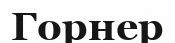
Горнер